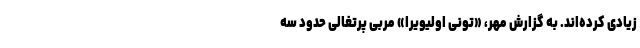
زیادی کرده‌اند. به گزارش مهر، «تونی اولیویرا» مربی پرتغالی حدود سه